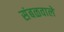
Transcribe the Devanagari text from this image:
संबळवाले